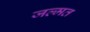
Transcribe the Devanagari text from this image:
जल्मत